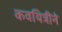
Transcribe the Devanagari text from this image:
कवयित्रीने